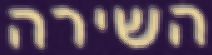
השירה